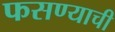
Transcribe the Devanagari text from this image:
फसण्याची